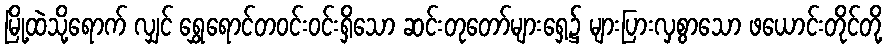
မြို့ထဲသို့ရောက် လျှင် ရွှေရောင်တဝင်းဝင်းရှိသော ဆင်းတုတော်များရှေ့၌ များပြားလှစွာသော ဖယောင်းတိုင်တို့